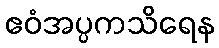
ဧဝံအပ္ပကသိရေန